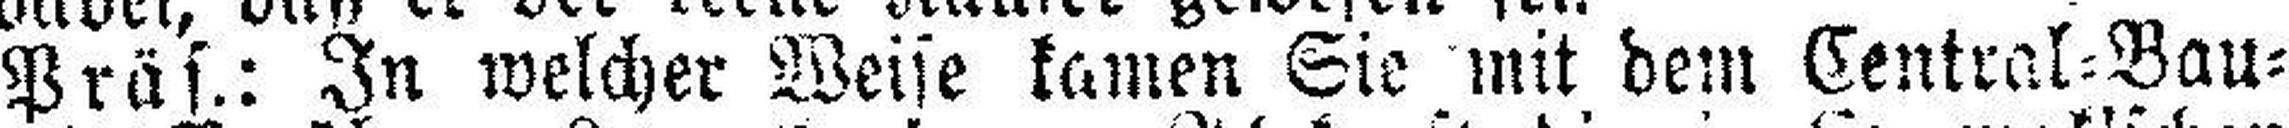
Präs.: In welcher Weise kamen Sie mit dem Central=Bau¬